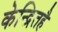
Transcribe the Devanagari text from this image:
केन्द्रितहै